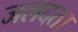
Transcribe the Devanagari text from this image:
जलदता